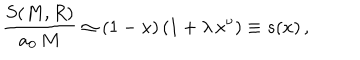
\frac { S ( M , R ) } { a _ { 0 } \, M } \simeq ( 1 - x ) \, ( 1 + \lambda \, x ^ { \nu } ) \equiv s ( x ) \, ,